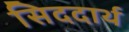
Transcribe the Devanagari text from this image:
सिददार्थ